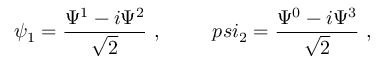
\psi _ { 1 } = \frac { \Psi ^ { 1 } - i \Psi ^ { 2 } } { \sqrt 2 } \ , \ \ \ \ \ \ \ \, p s i _ { 2 } = \frac { \Psi ^ { 0 } - i \Psi ^ { 3 } } { \sqrt 2 } \ ,